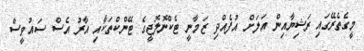
މީގެތެރޭގައި ރަޝިޔާއިން އަލަށް އުފެއްދި ޒަމާނީ ޓެކްނޮލޮޖީގެ ޓޭންކްތަކާއި އާރު އެސް ސައުވީސް